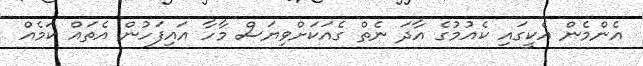
އެންމެން އެކީގައި ކެއުމުގެ އާދަ ނެތް ގެއަކަށްވިޔަސް މާހާ އައިފަހުން އެތައް ކަމެއް